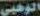
الوهبي